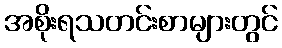
အစိုးရသတင်းစာများတွင်